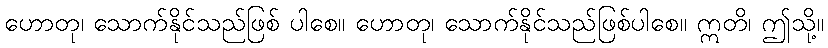
ဟောတု၊ သောက်နိုင်သည်ဖြစ် ပါစေ။ ဟောတု၊ သောက်နိုင်သည်ဖြစ်ပါစေ။ ဣတိ၊ ဤသို့။